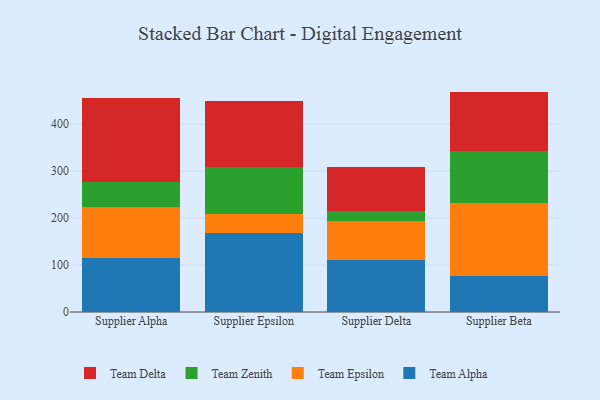
{"axis": {"x": "Supplier", "y": "Satisfaction Score"}, "legend": ["Team Alpha", "Team Delta", "Team Epsilon", "Team Zenith"], "data": [{"x": "Supplier Alpha", "y": 114.2, "type": "Team Alpha"}, {"x": "Supplier Alpha", "y": 109.3, "type": "Team Epsilon"}, {"x": "Supplier Alpha", "y": 54.3, "type": "Team Zenith"}, {"x": "Supplier Alpha", "y": 178.7, "type": "Team Delta"}, {"x": "Supplier Epsilon", "y": 169.0, "type": "Team Alpha"}, {"x": "Supplier Epsilon", "y": 40.0, "type": "Team Epsilon"}, {"x": "Supplier Epsilon", "y": 100.3, "type": "Team Zenith"}, {"x": "Supplier Epsilon", "y": 139.8, "type": "Team Delta"}, {"x": "Supplier Delta", "y": 110.3, "type": "Team Alpha"}, {"x": "Supplier Delta", "y": 83.9, "type": "Team Epsilon"}, {"x": "Supplier Delta", "y": 20.6, "type": "Team Zenith"}, {"x": "Supplier Delta", "y": 93.8, "type": "Team Delta"}, {"x": "Supplier Beta", "y": 75.8, "type": "Team Alpha"}, {"x": "Supplier Beta", "y": 156.5, "type": "Team Epsilon"}, {"x": "Supplier Beta", "y": 111.2, "type": "Team Zenith"}, {"x": "Supplier Beta", "y": 125.9, "type": "Team Delta"}]}